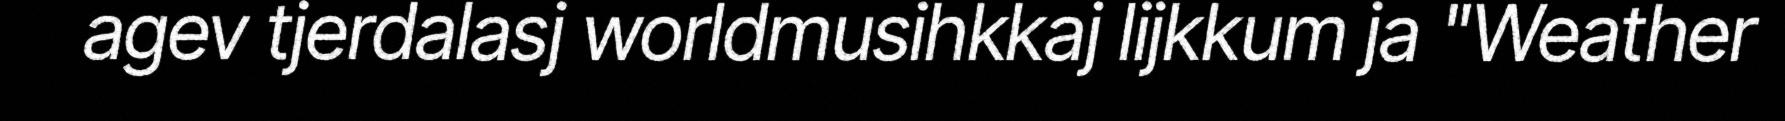
agev tjerdalasj worldmusihkkaj lijkkum ja "Weather